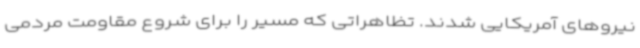
نیروهای آمریکایی شدند. تظاهراتی که مسیر را برای شروع مقاومت مردمی